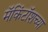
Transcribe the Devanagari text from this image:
मॅकिंटॉशच्या